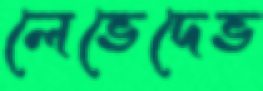
লেভেদেভ